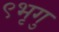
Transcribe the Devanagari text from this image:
९भृगु